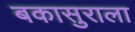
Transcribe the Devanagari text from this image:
बकासुराला